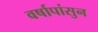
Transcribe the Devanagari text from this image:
वर्षापांसुन